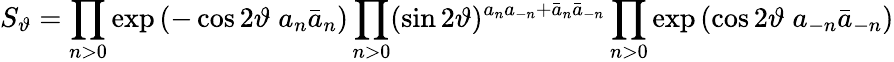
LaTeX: S_{\vartheta}=\prod_{n>0}\exp\left(-\cos 2\vartheta\; a_{n}\bar{a}_{n}\right)\prod_{n>0}(\sin 2\vartheta)^{a_{n}a_{-n}+\bar{a}_{n}\bar{a}_{-n}}\prod_{n>0}\exp\left(\cos 2\vartheta\; a_{-n}\bar{a}_{-n}\right)